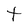
Character: t